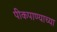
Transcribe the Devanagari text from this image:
पीकपाण्याच्या